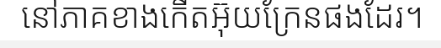
នៅភាគខាងកើតអ៊ុយក្រែនផងដែរ។